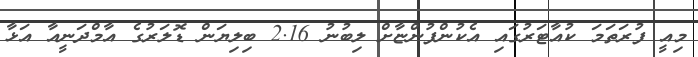
މިއީ ފުރަތަމަ ކުއާޓަރުގައި އެކުންފުންޏާށް ލިބުނު 2.16 ބިލިޔަން ޑޮލަރުގެ އާމްދަނީއާ އަޅާ